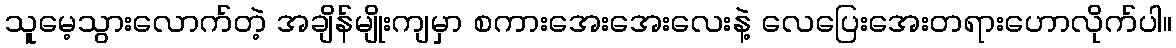
သူမေ့သွားလောက်တဲ့ အချိန်မျိုးကျမှာ စကားအေးအေးလေးနဲ့ လေပြေးအေးတရားဟောလိုက်ပါ။